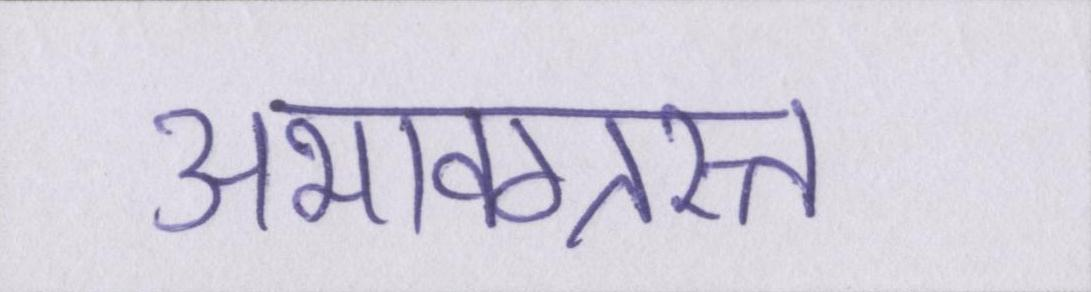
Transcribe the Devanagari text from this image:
अभावग्रस्त